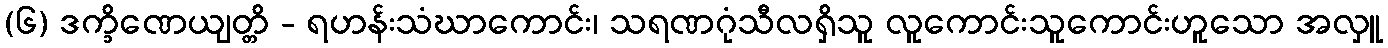
(၆) ဒက္ခိဏေယျတ္တိ - ရဟန်းသံဃာကောင်း၊ သရဏဂုံသီလရှိသူ လူကောင်းသူကောင်းဟူသော အလှူ